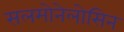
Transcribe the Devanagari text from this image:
सलमोनेलोसिन